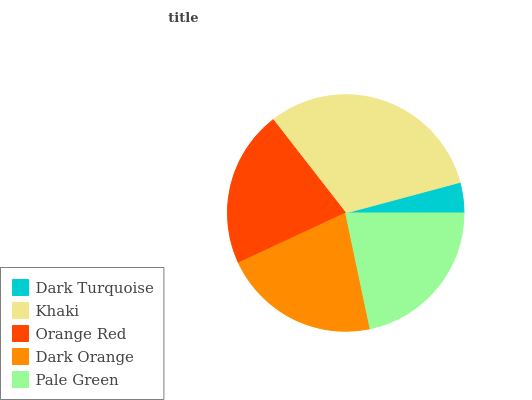
| Dark Turquoise | Khaki | Orange Red | Dark Orange | Pale Green |
 | --- | --- | --- | --- | --- |
 | 4.17% | 31.4% | 21.5% | 21.3% | 21.6% |